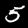
Label: 5